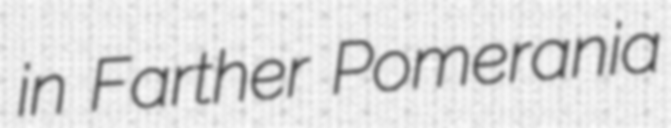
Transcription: in Farther Pomerania